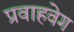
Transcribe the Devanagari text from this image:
प्रवाहवेग